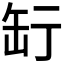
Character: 𦈥